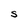
Character: S